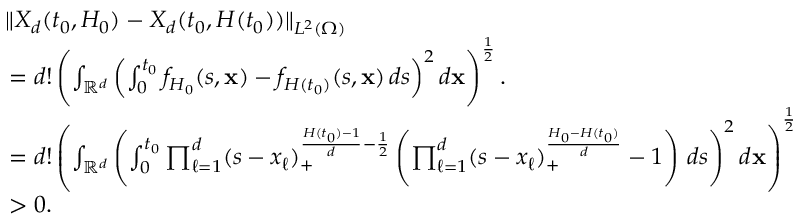
\begin{array} { r l } & { \| X _ { d } ( t _ { 0 } , H _ { 0 } ) - X _ { d } ( t _ { 0 } , H ( t _ { 0 } ) ) \| _ { L ^ { 2 } ( \Omega ) } } \\ & { \, = d ! \left( \int _ { \mathbb { R } ^ { d } } \left( \int _ { 0 } ^ { t _ { 0 } } f _ { H _ { 0 } } ( s , \mathbf { x } ) - f _ { H ( t _ { 0 } ) } ( s , \mathbf { x } ) \, d s \right) ^ { 2 } d \mathbf { x } \right) ^ { \frac { 1 } { 2 } } . } \\ & { \, = d ! \left( \int _ { \mathbb { R } ^ { d } } \left( \int _ { 0 } ^ { t _ { 0 } } \prod _ { \ell = 1 } ^ { d } ( s - x _ { \ell } ) _ { + } ^ { \frac { H ( t _ { 0 } ) - 1 } { d } - \frac { 1 } { 2 } } \left( \prod _ { \ell = 1 } ^ { d } ( s - x _ { \ell } ) _ { + } ^ { \frac { H _ { 0 } - H ( t _ { 0 } ) } { d } } - 1 \right) \, d s \right) ^ { 2 } d \mathbf { x } \right) ^ { \frac { 1 } { 2 } } } \\ & { \, > 0 . } \end{array}